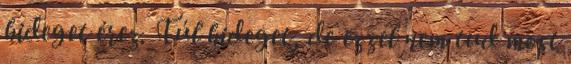
hideget érez. Túl hideget, de ezzel nem tud most